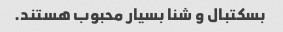
بسکتبال و شنا بسیار محبوب هستند.